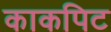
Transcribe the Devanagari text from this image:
काकपिट